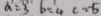
a = 3 b = 4 c = - 6